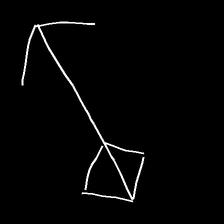
Glyph: focus